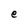
Character: e